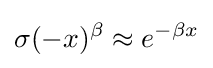
\sigma (-x)^{\beta }\approx e^{-\beta x}